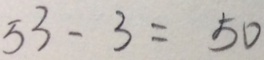
5 3 - 3 = 5 0